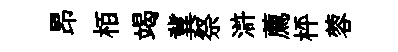
昂栢竭冀祭滸薦枰蓉